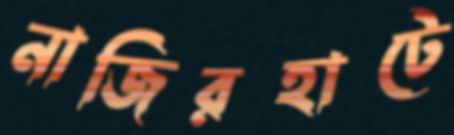
নাজিরহাটে